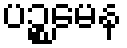
ပဉ္စမေန